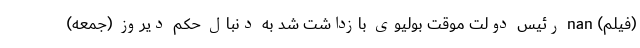
(فیلم) nan رئیس دولت موقت بولیوی بازداشت شد به دنبال حکم دیروز (جمعه)